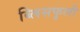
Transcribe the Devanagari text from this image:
ब्लिसफुली